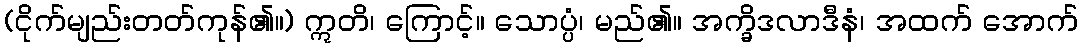
(ငိုက်မျည်းတတ်ကုန်၏။) ဣတိ၊ ကြောင့်။ သောပ္ပံ၊ မည်၏။ အက္ခိဒလာဒီနံ၊ အထက် အောက်